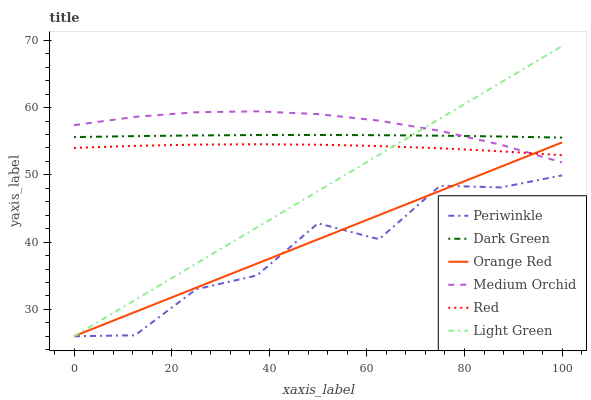
| xaxis_label | Periwinkle | Dark Green | Orange Red | Medium Orchid | Red | Light Green |
 | --- | --- | --- | --- | --- | --- | --- |
 | 0 | 26 | 55.6 | 26 | 57.4 | 54 | 26 |
 | 12.5 | 26.1 | 55.8 | 29.6 | 58.6 | 54.3 | 31.4 |
 | 25 | 33 | 55.9 | 33.2 | 59.3 | 54.5 | 36.8 |
 | 37.5 | 35.1 | 55.9 | 36.8 | 59.4 | 54.6 | 42.2 |
 | 50 | 42.8 | 55.9 | 40.4 | 59 | 54.5 | 47.6 |
 | 62.5 | 40.4 | 55.9 | 44 | 58.1 | 54.3 | 53 |
 | 75 | 48.4 | 55.8 | 47.6 | 56.5 | 54 | 58.4 |
 | 87.5 | 48.1 | 55.7 | 51.2 | 54.5 | 53.5 | 63.8 |
 | 100 | 49.9 | 55.5 | 54.8 | 51.8 | 52.9 | 69.2 |